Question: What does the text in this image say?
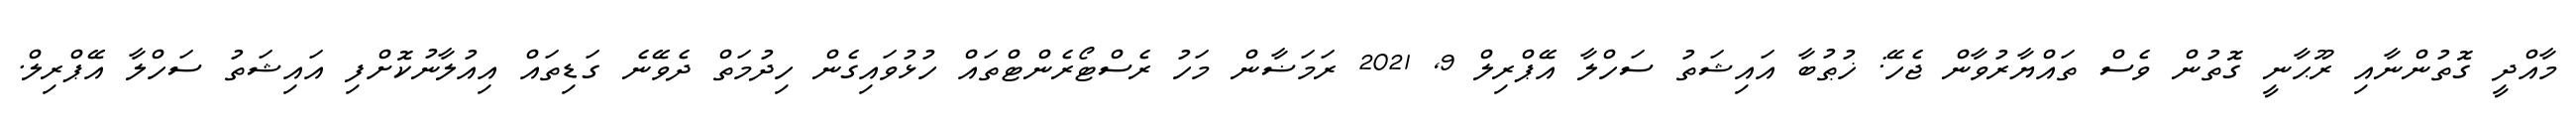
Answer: މާއްދީ ގޮތުންނާއި ރޫޙާނީ ގޮތުން ވެސް ތައްޔާރުވާން ޖެހޭ: ޚުޠުބާ އައިޝަތު ސަހްލާ އޭޕްރިލް 9, 2021 ރަމަޟާން މަހު ރެސްޓޯރެންޓްތައް ހުޅުވައިގެން ހިދުމަތް ދެވޭނެ ގަޑިތައް އިއުލާނުކޮށްފި އައިޝަތު ސަހްލާ އޭޕްރިލް.